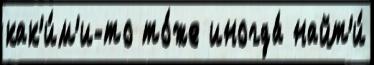
как'и́м'и-то то́же иногда́ найт'и́